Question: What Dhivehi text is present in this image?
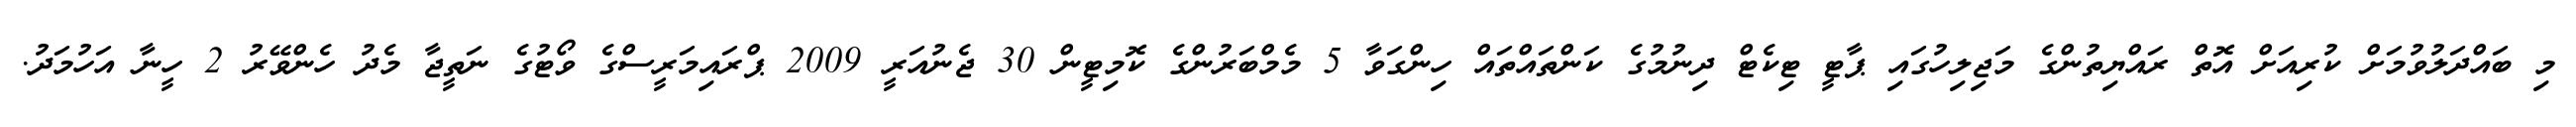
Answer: މި ބައްދަލުވުމަށް ކުރިއަށް އޮތް ރައްޔިތުންގެ މަޖިލިހުގައި ޕާޓީ ޓިކެޓް ދިނުމުގެ ކަންތައްތައް ހިންގަވާ 5 މެމްބަރުންގެ ކޮމިޓީން 30 ޖެނުއަރީ 2009 ޕްރައިމަރީސްގެ ވޯޓުގެ ނަތީޖާ މެދު ހެންވޭރު 2 ހީނާ އަހުމަދު.